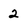
Character: 2